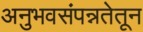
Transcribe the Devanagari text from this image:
अनुभवसंपन्नतेतून